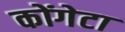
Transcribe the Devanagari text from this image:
कोंगेटा